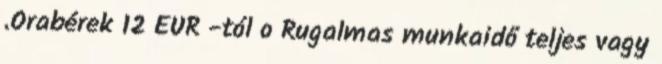
.Orabérek 12 EUR -tól o Rugalmas munkaidő teljes vagy